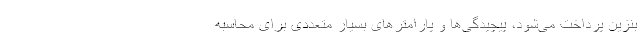
بنزین پرداخت می‌شود، پیچیدگی‌ها و پارامترهای بسیار متعددی برای محاسبه